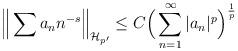
LaTeX: \begin{align*} \Big\Vert \sum a_{n} n^{-s} \Big\Vert_{\mathcal{H}_{p'}}\leq C \Big( \sum_{n =1}^{\infty} \vert a_{n} \vert^{p} \Big)^{\frac{1}{p}}\end{align*}